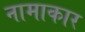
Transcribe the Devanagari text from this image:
नामाकार